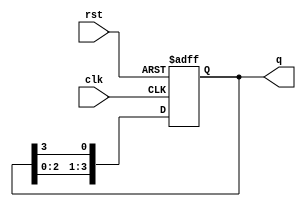
module ring_counter (
    input wire clk,       // Clock input
    input wire rst,       // Asynchronous reset input
    output reg [3:0] q    // 4-bit output representing the current state
);

// Initialize the counter state
always @(posedge clk or posedge rst) begin
    if (rst) begin
        q <= 4'b0001;  // Reset state: only the first flip-flop is high
    end else begin
        q <= {q[2:0], q[3]}; // Shift left: move the '1' to the next position
    end
end

endmodule